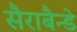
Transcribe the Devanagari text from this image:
सैराबैन्डे